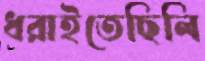
ধরাইতেছিলি